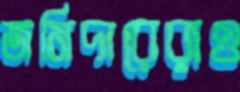
জমিদারেরাও